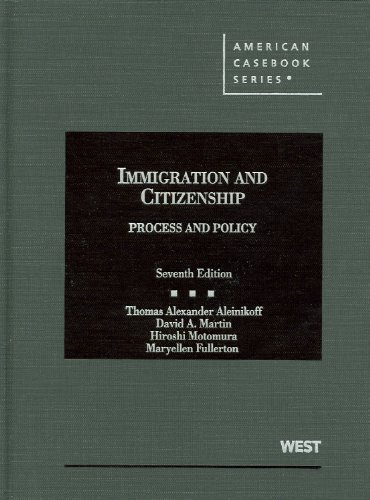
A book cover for Immigration and Citizenship (American Casebook Series); Thomas Aleinikoff; Law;